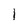
Character: I